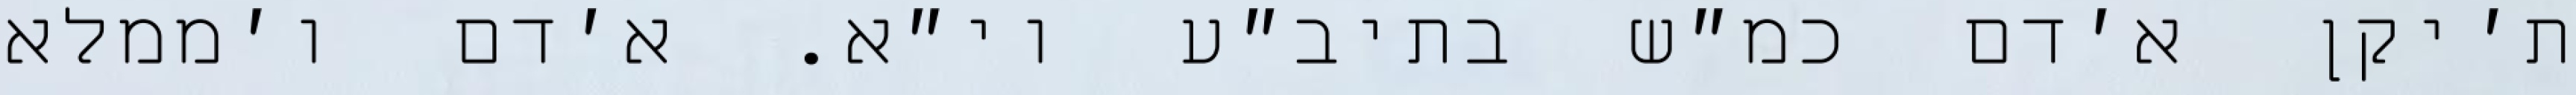
ת׳יקן א׳דם כמ״ש בתיב״ע וי״א. א׳דם ו׳ממלא